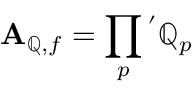
\mathbf { A } _ { \mathbb { Q } , f } = \prod _ { p } { } ^ { ' } \mathbb { Q } _ { p }